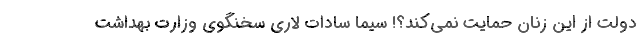
دولت از این زنان حمایت نمی‌کند؟! سیما سادات لاری سخنگوی وزارت بهداشت